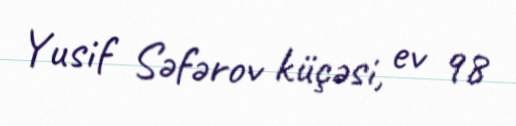
Yusif Səfərov küçəsi, ev 98